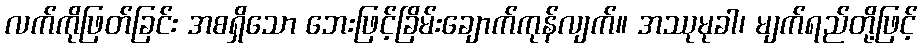
လက်ကိုဖြတ်ခြင်း အစရှိသော ဘေးဖြင့်ခြိမ်းချောက်ကုန်လျက်။ အဿုမုခါ၊ မျက်ရည်တို့ဖြင့်